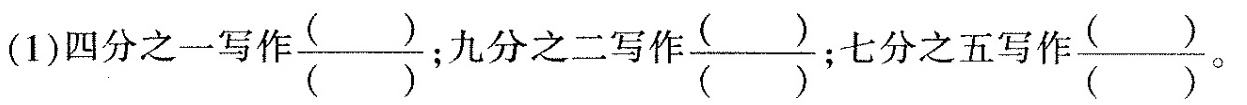
(1)四分之一写作\frac { } { } ；九分之二写作 \frac { } { }；七分之五写作\frac { } { }。